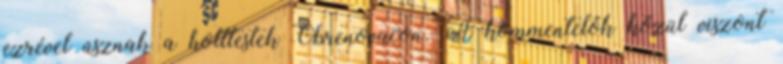
ezrével úsznak a holttestek Obrenovacon. A kommentelők közül viszont